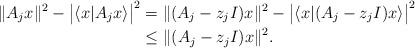
LaTeX: \begin{align*}\|A_j x\|^2-\big|\langle x| A_j x\rangle\big|^2 &= \|(A_j-z_j I) x\|^2-\big|\langle x|(A_j-z_j I) x\rangle\big|^2\\ &\leq \|(A_j-z_jI)x\|^2.\end{align*}